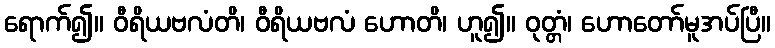
ရောက်၍။ ဝီရိယဗလံတိ၊ ဝီရိယဗလံ ဟောတိ၊ ဟူ၍။ ဝုတ္တံ၊ ဟောတော်မူအပ်ပြီ။